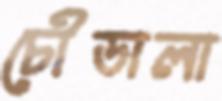
চৌডালা